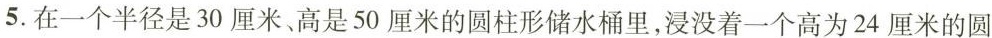
5.在一个半径是30厘米、高是50厘米的圆柱形储水桶里，浸没着一个高为24厘米的圆